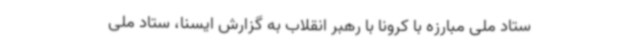
ستاد ملی مبارزه با کرونا با رهبر انقلاب به گزارش ایسنا،‌ ستاد ملی